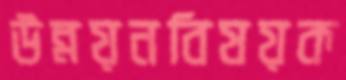
উন্নয়নবিষয়ক